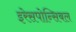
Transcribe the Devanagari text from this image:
इरेसपोन्सिबल